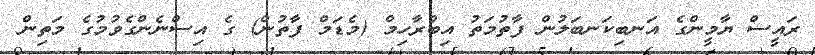
ރައީސް ޔާމީންގެ އަނބިކަނބަލުން ފާތުމަތު އިބްރާހިމް (މެޑަމް ފާތުން) ގެ އިސްނެންގެވުމުގެ މަތިން